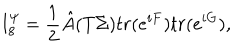
LaTeX: I _ { 8 } ^ { \psi } = { \frac { 1 } { 2 } } { \hat { A } } ( T \Sigma ) t r ( e ^ { i F } ) t r ( e ^ { i G } ) ,